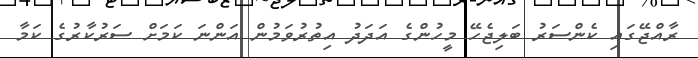
ރާއްޖޭގައި ކެންސަރު ބަލިޖެހޭ މީހުންގެ އަދަދު އިތުރުވަމުން އަންނަ ކަމަށް ސަރުކާރުގެ ކަމާ